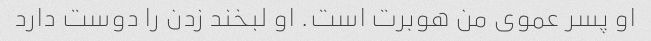
او پسر عموی من هوبرت است. او لبخند زدن را دوست دارد